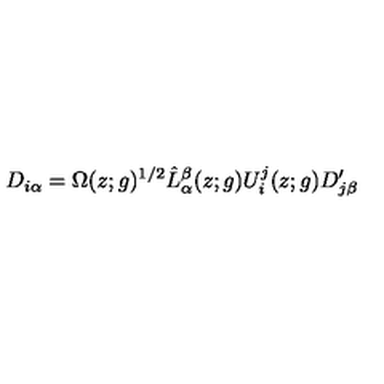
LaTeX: D _ { i \alpha } = \Omega ( z ; g ) ^ { 1 / 2 } \hat { L } _ { \alpha } ^ { \beta } ( z ; g ) U _ { i } ^ { j } ( z ; g ) D _ { j \beta } ^ { \prime }